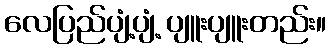
လေပြည်ပျံ့ပျံ့ ပျူးပျူးတည်း။